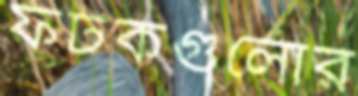
ফটকগুলোর